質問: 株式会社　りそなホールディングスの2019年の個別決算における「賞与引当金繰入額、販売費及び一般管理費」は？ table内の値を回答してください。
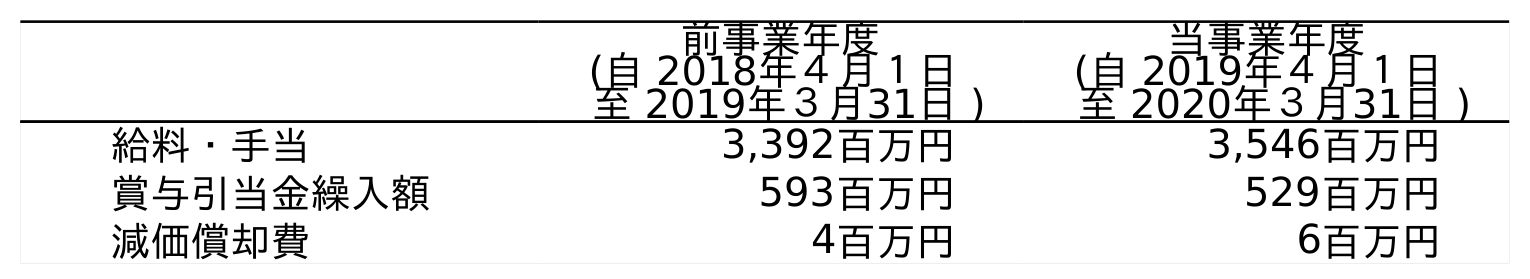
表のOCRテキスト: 前事業年度 (自 2018年４月１日 至 2019年３月31日 ) 当事業年度 (自 2019年４月１日 至 2020年３月31日 ) 給料・手当 3,392百万円 3,546百万円 賞与引当金繰入額 593百万円 529百万円 減価償却費 4百万円 6百万円
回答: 593